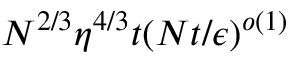
N ^ { 2 / 3 } \eta ^ { 4 / 3 } t ( N t / \epsilon ) ^ { o ( 1 ) }